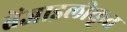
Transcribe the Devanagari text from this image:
बेंजाइलीकृत